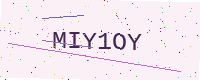
Text: MIY1OY